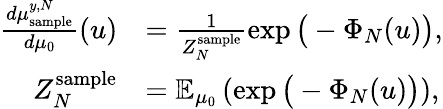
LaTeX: \begin{array}{rl}{\frac{d\mu_{\mathrm{sample}}^{y,N}}{d\mu_{0}}(u)}&{=\frac{1}{Z_{N}^{\mathrm{sample}}}\exp\big(-\Phi_{N}(u)\big),}\\ {Z_{N}^{\mathrm{sample}}}&{=\mathbb{E}_{\mu_{0}}\left(\exp\big(-\Phi_{N}(u)\big)\right),}\end{array}